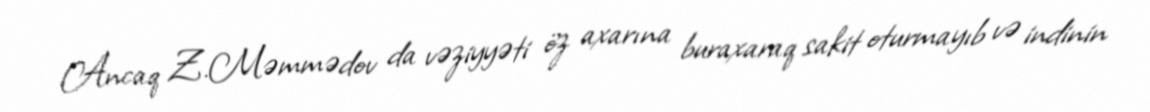
Ancaq Z.Məmmədov da vəziyyəti öz axarına buraxaraq sakit oturmayıb və indinin